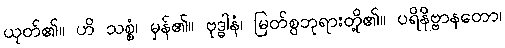
ယုတ်၏။ ဟိ သစ္စံ၊ မှန်၏။ ဗုဒ္ဓါနံ၊ မြတ်စွဘုရားတို့၏။ ပရိနိဗ္ဗာနတော၊